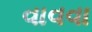
વાવવા